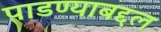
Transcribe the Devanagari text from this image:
पाडण्याबद्दल